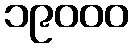
၁၉၀၀၀